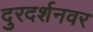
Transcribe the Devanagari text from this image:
दुरदर्शनवर